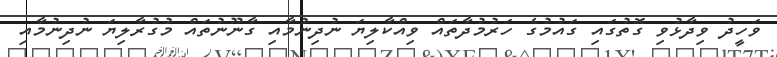
ވަހީދު ވިދާޅުވި ގޮތުގައި ގައުމުގެ ހަރުމުދާތައް ވިއްކާލިޔަ ނުދިނުމާއި ގާނޫނުތައް މުގުރާލިޔަ ނުދިނުމާއި